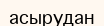
асырудан